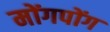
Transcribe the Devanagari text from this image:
मोंगपोंग